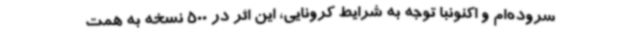
سروده‌ام و اکنونبا توجه به شرایط کرونایی، این اثر در 500 نسخه به همت